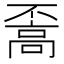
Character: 𩫇